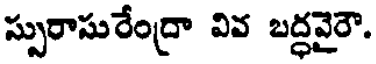
స్సురాసురేంద్రా వివ బద్ధవైరౌ.